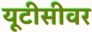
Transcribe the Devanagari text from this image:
यूटीसीवर